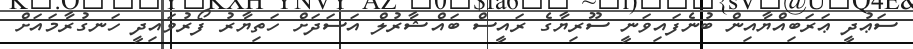
ސަޢުދީ ޢަރަބިއްޔާއިން ބުނެފައިވަނީ ސޫރިޔާގެ ރައީސް ބައްޝާރުލް އަސަދަށް ހަތިޔާރު ފޯރުވައިދީ ހަނގުރާމައަށް